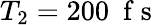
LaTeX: T_{2}=200~\mathrm{~f~s~}